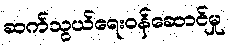
ဆက်သွယ်ရေးဝန်ဆောင်မှု